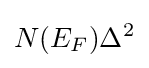
N(E_{F})\Delta ^{2}